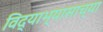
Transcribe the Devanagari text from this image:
विद्याभ्यासाच्या